Indian journal of veterinary science and animal husbandry - Volumes 18-21, 1948-1951
Year: 1948
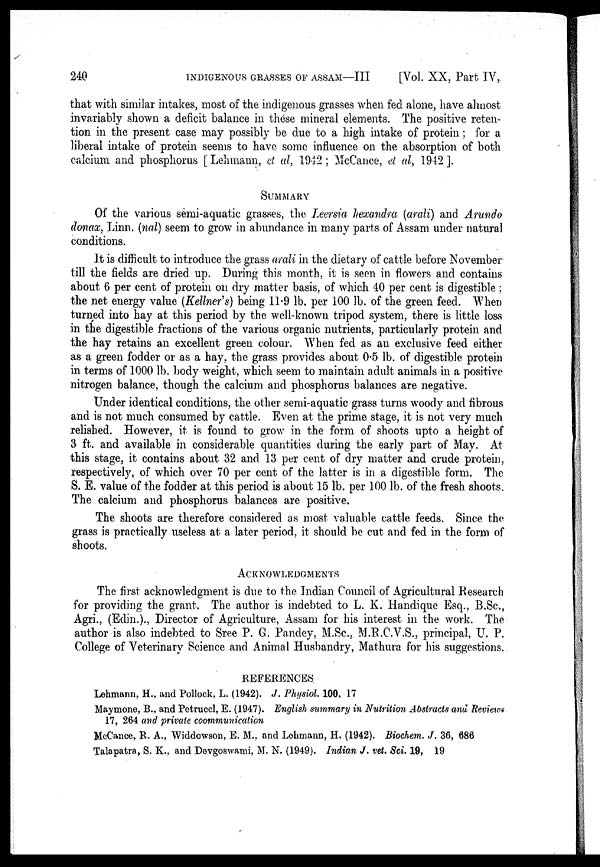
240 INDIGENOUS GRASSES OF ASSAM—III [Vol. XX, Part IV,
that with similar intakes, most of the indigenous grasses when fed alone, have almost
invariably shown a deficit balance in these mineral elements. The positive reten-
tion in the present case may possibly be due to a high intake of protein ; for a
liberal intake of protein seems to have some influence on the absorption of both
calcium and phosphorus [ Lehmann, et al, 1942; McCance, et al, 1942 ].
SUMMARY
Of the various semi-aquatic grasses, the Leersia hexandra (arali) and Arundo
donax, Linn. (nal) seem to grow in abundance in many parts of Assam under natural
conditions.
It is difficult to introduce the grass arali in the dietary of cattle before November
till the fields are dried up. During this month, it is seen in flowers and contains
about 6 per cent of protein on dry matter basis, of which 40 per cent is digestible ;
the net energy value (Kellner's) being 11.9 lb. per 100 lb. of the green feed. When
turned into hay at this period by the well-known tripod system, there is little loss
in the digestible fractions of the various organic nutrients, particularly protein and
the hay retains an excellent green colour. When fed as an exclusive feed either
as a green fodder or as a hay, the grass provides about 0.5 lb. of digestible protein
in terms of 1000 lb. body weight, which seem to maintain adult animals in a positive
nitrogen balance, though the calcium and phosphorus balances are negative.
Under identical conditions, the other semi-aquatic grass turns woody and fibrous
and is not much consumed by cattle. Even at the prime stage, it is not very much
relished. However, it is found to grow in the form of shoots upto a height of
3 ft. and available in considerable quantities during the early part of May. At
this stage, it contains about 32 and 13 per cent of dry matter and crude protein,
respectively, of which over 70 per cent of the latter is in a digestible form. The
S. E. value of the fodder at this period is about 15 lb. per 100 lb. of the fresh shoots.
The calcium and phosphorus balances are positive.
The shoots are therefore considered as most valuable cattle feeds. Since the
grass is practically useless at a later period, it should be cut and fed in the form of
shoots.
ACKNOWLEDGMENTS
The first acknowledgment is due to the Indian Council of Agricultural Research
for providing the grant. The author is indebted to L. K. Handique Esq., B.Sc.,
Agri., (Edin.)., Director of Agriculture, Assam for his interest in the work. The
author is also indebted to Sree P. G. Pandey, M.Sc., M.R.C.V.S., principal, U. P.
College of Veterinary Science and Animal Husbandry, Mathura for his suggestions.
REFERENCES
Lehmann, H., and Pollock, L. (1942). J. Physiol. 100, 17
Maymone, B., and Petruccl, E. (1947). English summary in Nutrition Abstracts and Reviews
17, 264 and private coommunication
McCance, R. A., Widdowson, E. M., and Lehmann, H. (1942). Biochem. J. 36, 686
Talapatra, S. K., and Devgoswami, M. N. (1949). Indian J. vet. Sci. 19, 19